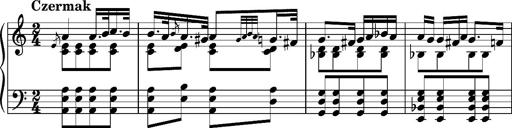
Title: Ungarischer Romanzero
Composer: Franz Liszt